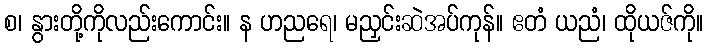
စ၊ နွားတို့ကိုလည်းကောင်း။ န ဟညရေ၊ မညှင်းဆဲအပ်ကုန်။ ဧတံ ယညံ၊ ထိုယဇ်ကို။